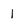
Character: 1